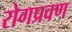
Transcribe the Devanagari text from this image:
रोगप्रवण